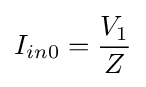
I_{in0}={\frac {V_{1}}{Z}}